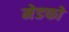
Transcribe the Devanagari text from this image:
मेडफो